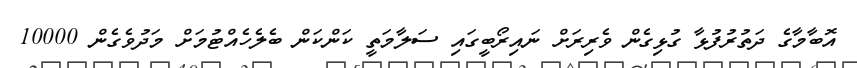
އޮބާމާގެ ދަތުރުފުޅާ ގުޅިގެން ވެރިރަށް ނައިރޯބީގައި ސަލާމަތީ ކަންކަން ބެލެހެއްޓުމަށް މަދުވެގެން 10000